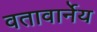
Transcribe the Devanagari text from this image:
वतावार्नेय